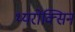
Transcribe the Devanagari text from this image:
थ्यरोक्सिन